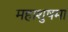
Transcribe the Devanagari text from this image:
महाशुषमा